Elephants and their diseases
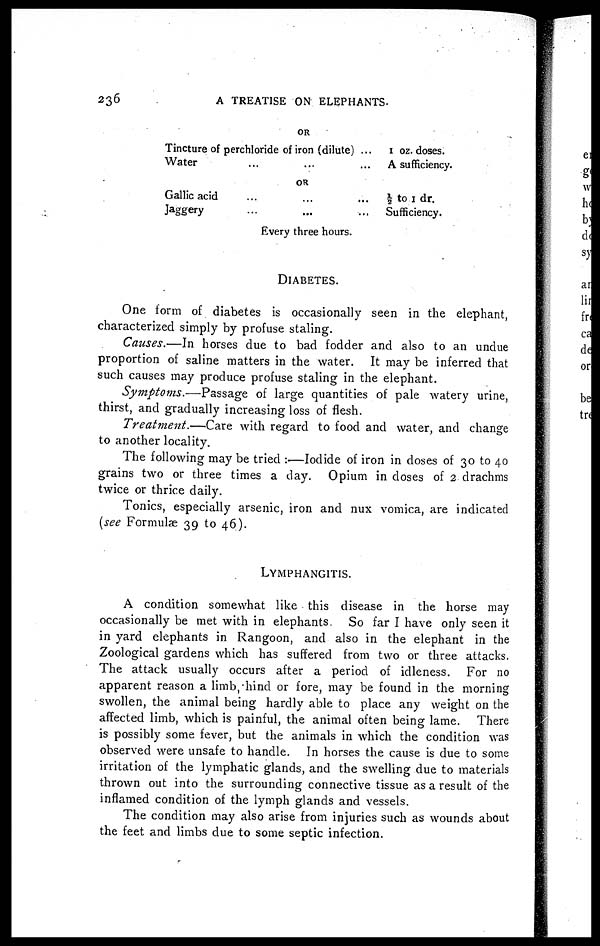
236
A TREATISE ON ELEPHANTS.
OR
Tincture of perchloride of iron (dilute) ...
Water
...
......
OR
Gallic acid.........
Jaggery.........
1 oz. doses.
A sufficiency.
½ to 1 dr.
Sufficiency.
Every three hours.
DIABETES.
One form of diabetes is occasionally seen in the elephant,
characterized simply by profuse staling.
Causes.—In horses due to bad fodder and also to an undue
proportion of saline matters in the water. It may be inferred that
such causes may produce profuse staling in the elephant.
Symptoms.—Passage
of large quantities of pale watery urine,
thirst, and gradually increasing loss of flesh.
Treatment.—Care
with regard to food and water, and change
to another locality.
The following may be tried :—Iodide of iron in doses of 30 to 40
grains two or three times a day. Opium in doses of 2 drachms
twice or thrice daily.
Tonics, especially arsenic, iron and nux vomica, are indicated
(see Formulae 39 to 46).
LYMPHANGITIS.
A condition somewhat like this disease in the horse may
occasionally be met with in elephants
So far I have only seen it
in yard elephants in Rangoon, and also in the elephant in the
Zoological gardens which has suffered from two or three attacks.
The attack usually occurs after a period of idleness. For no
apparent reason a limb, hind or fore, may be found in the morning
swollen, the animal being hardly able to place any weight on the
affected limb, which is painful, the animal often being lame. There
is possibly some fever, but the animals in which the condition was
observed were unsafe to handle. In horses the cause is due to some
irritation of the lymphatic glands, and the swelling due to materials
thrown out into the surrounding connective tissue as a result of the
inflamed condition of the lymph glands and vessels.
The condition may also arise from injuries such as wounds about
the feet and limbs due to some septic infection.